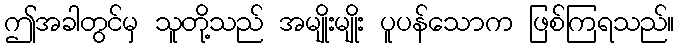
ဤအခါတွင်မှ သူတို့သည် အမျိုးမျိုး ပူပန်သောက ဖြစ်ကြရသည်။